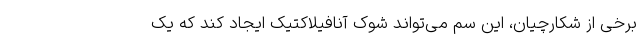
برخی از شکارچیان، این سم می‌تواند شوک آنافیلاکتیک ایجاد کند که یک